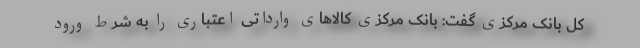
کل بانک مرکزی گفت: بانک مرکزی کالاهای وارداتی اعتباری را به شرط ورود